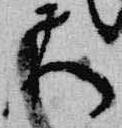
不